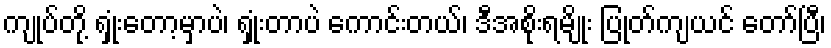
ကျုပ်တို့ ရှုံးတော့မှာပဲ၊ ရှုံးတာပဲ ကောင်းတယ်၊ ဒီအစိုးရမျိုး ပြုတ်ကျယင် တော်ပြီ၊